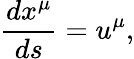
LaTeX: \frac{dx^{\mu}}{ds}=u^{\mu},